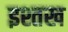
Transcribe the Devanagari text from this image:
इश्तख